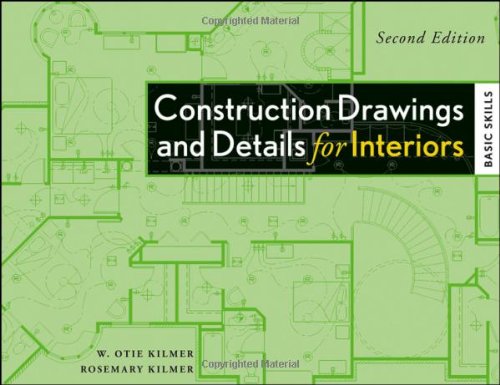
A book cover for Construction Drawings and Details for Interiors: Basic Skills, 2nd Edition; Rosemary Kilmer; Engineering & Transportation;